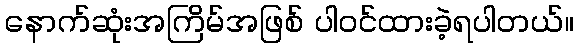
နောက်ဆုံးအကြိမ်အဖြစ် ပါဝင်ထားခဲ့ရပါတယ်။